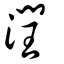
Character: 潤